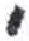
אות: י